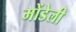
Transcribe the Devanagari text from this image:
मोंडेली